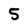
Character: 5